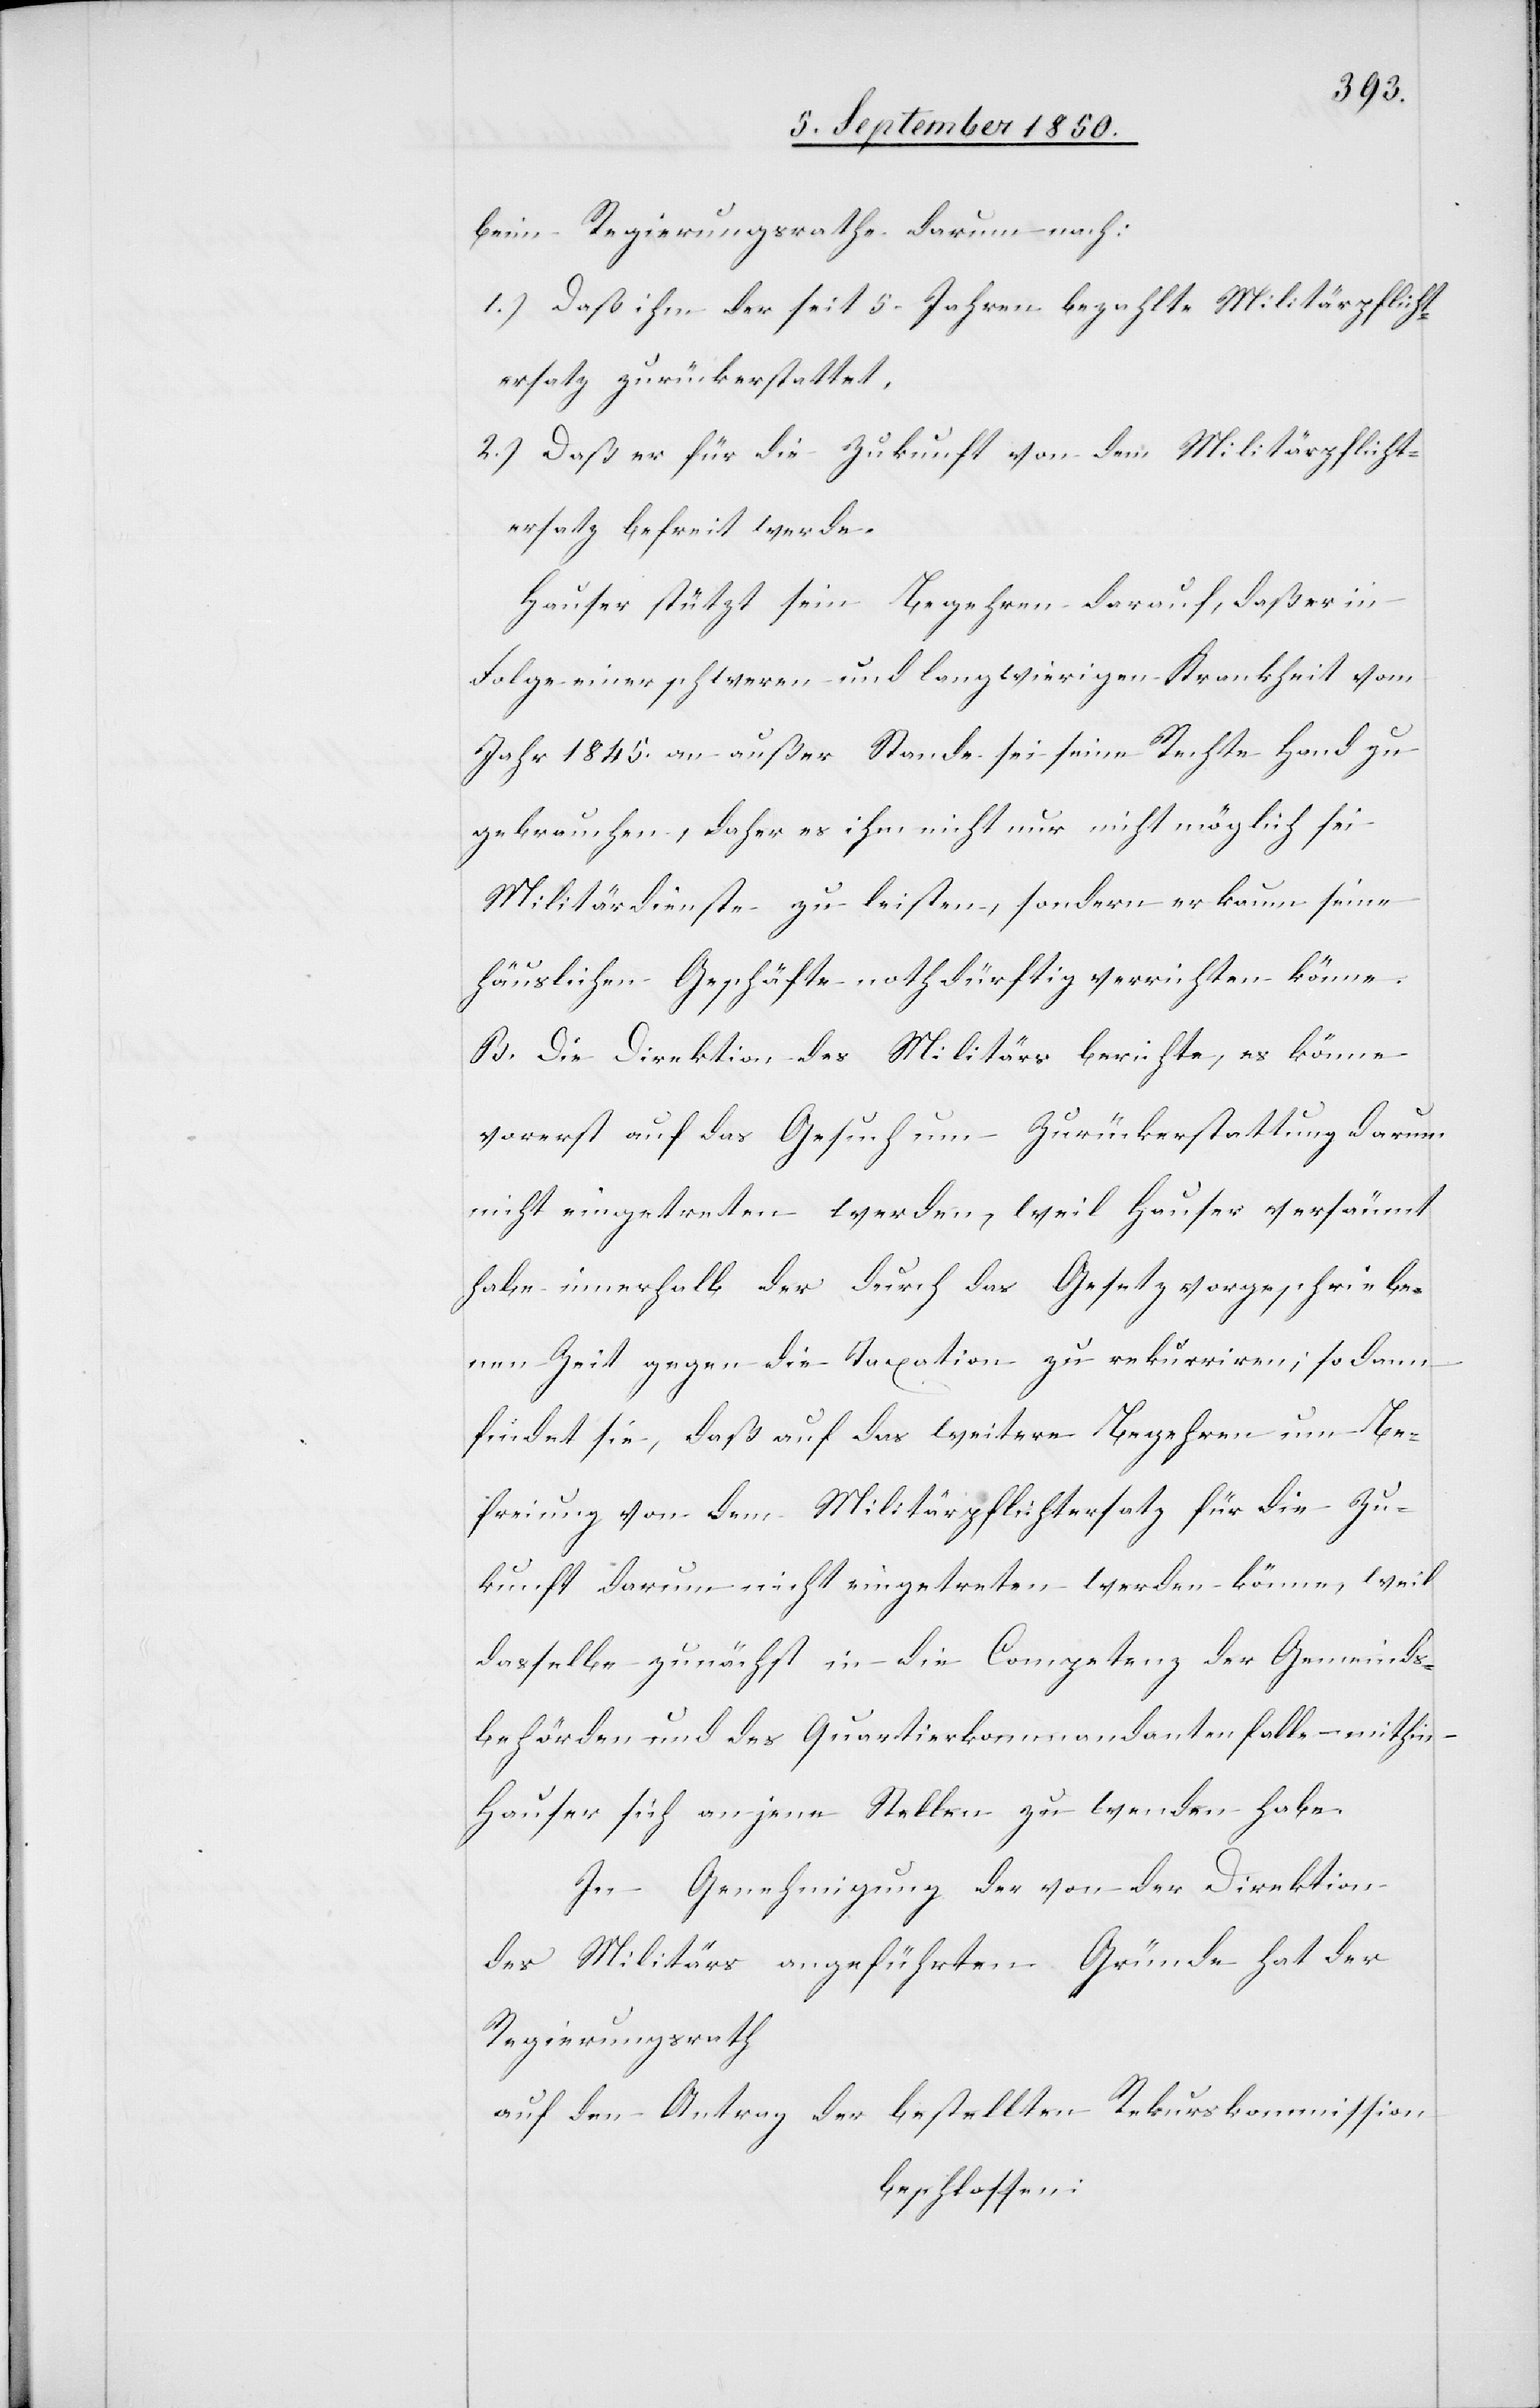
beim Regierungsrathe darum nach:
1.) Daß ihm der seit 5. Jahren bezahlte Militärpflicht¬
ersatz zurückerstattet,
2.) Daß er für die Zukunft von dem Militärpflicht¬
ersatz befreit werde.
Hauser stützt sein Begehren darauf, daß er in
Folge einer schweren und langwierigen Krankheit vom
Jahr 1845. an außer Stande sei seine Rechte Hand zu
gebrauchen, daher es ihm nicht nur nicht möglich sei
Militärdienste zu leisten, sondern er kaum seine
häuslichen Geschäfte nothdürftig verrichten könne.
B. Die Direktion des Militärs berichte, es könne
vorerst auf das Gesuch um Zurückerstattung darum
nicht eingetreten werden, weil Hauser versäumt
habe innerhalb der durch das Gesetz vorgeschriebe¬
nen Zeit gegen die Taxation zu rekurriren; sodann
findet sie, daß auf das weitere Begehren um Be¬
freiung von dem Militärpflichtersatz für die Zu¬
kunft darum nicht eingetreten werden könne, weil
dasselbe zunächst in die Competenz der Gemeinds¬
behörden und des Quartierkommandanten falle – mithin
Hauser sich an jene Stellen zu wenden habe.
In Genehmigung der von der Direktion
des Militärs angeführten Gründe hat der
Regierungsrath
auf den Antrag der bestellten Rekurskommission
beschlossen: